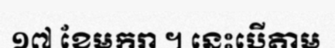
១៧ ខែមករា ។ នេះបើតាម